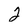
Character: 2